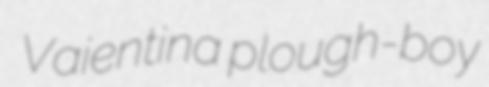
Vaientina plough-boy